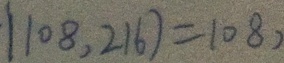
( 1 0 8 , 2 1 6 ) = 1 0 8 ,